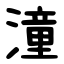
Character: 潼